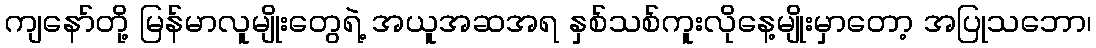
ကျနော်တို့ မြန်မာလူမျိုးတွေရဲ့ အယူအဆအရ နှစ်သစ်ကူးလိုနေ့မျိုးမှာတော့ အပြုသဘော၊